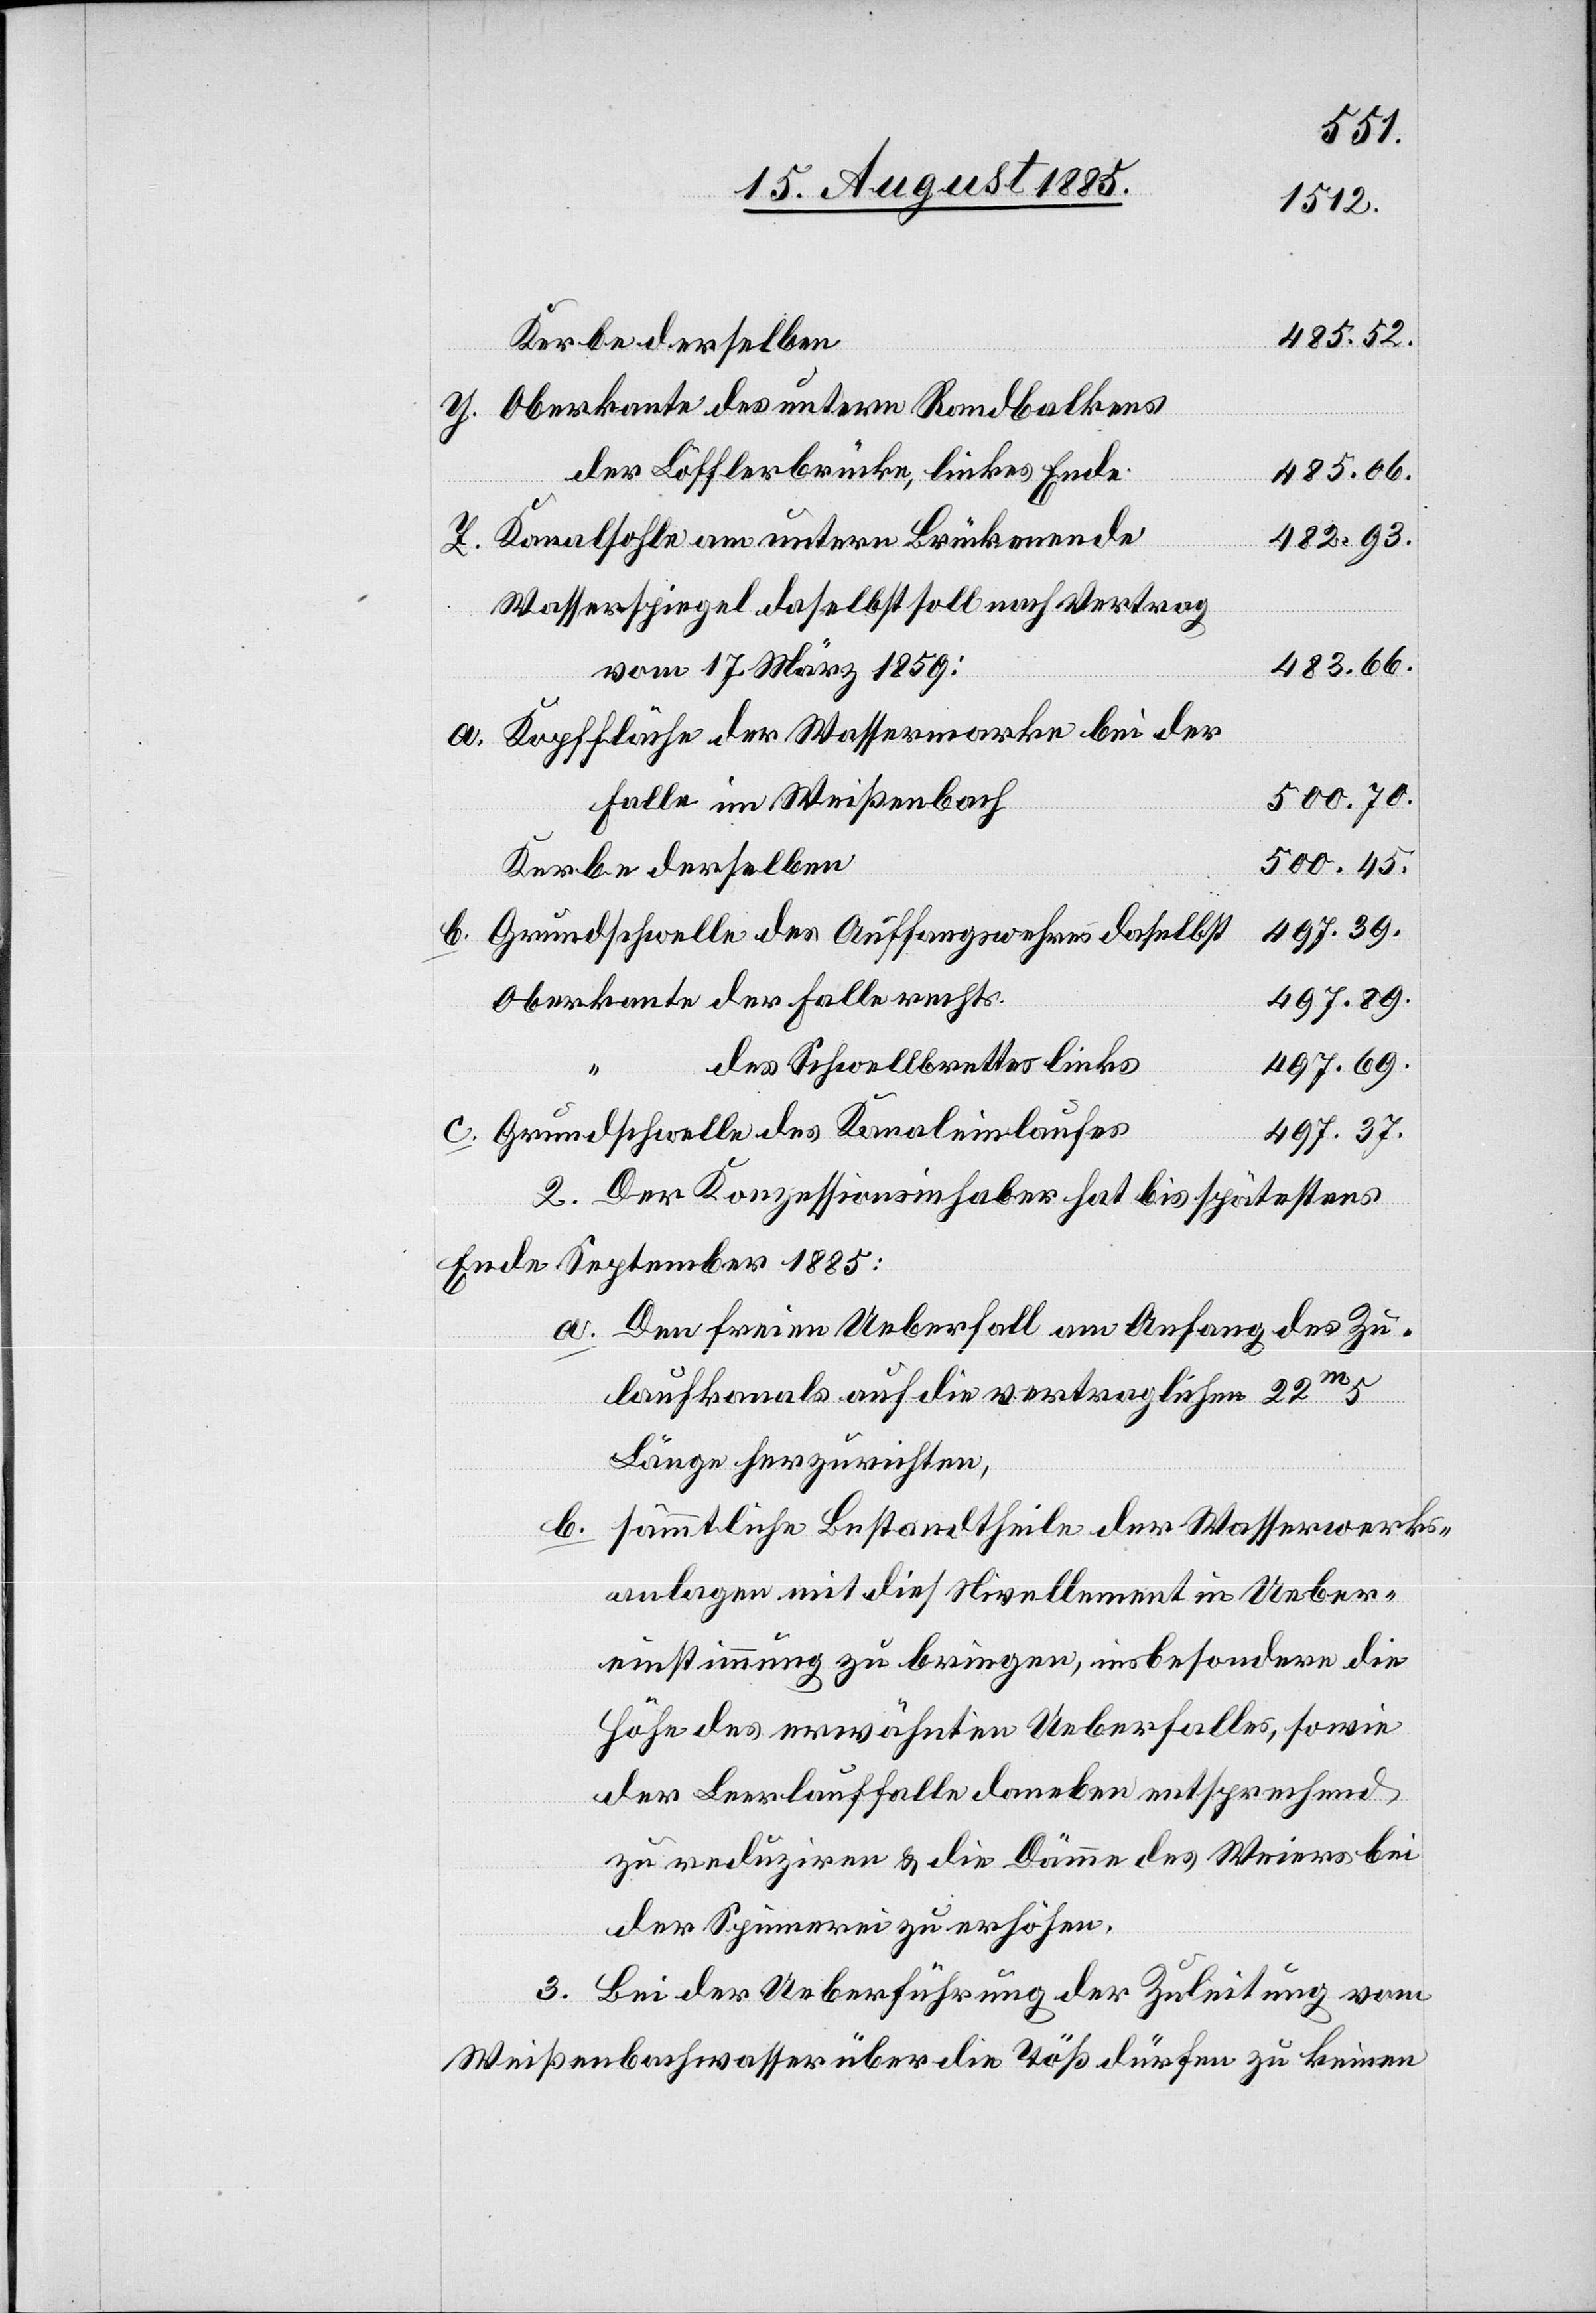
485.52.
Oberkante des untern Randbalkens
der Löfflerbrücke, linkes Ende
485.06.
der
Falle
482.93.
Kanalsohle am untern Brückenende
rechts
Wasserspiegel daselbst soll nach Vertrag
483.66.
vom 17. März 1859:
Kopffläche der Wassermarke bei der
500.70.
Falle im Weißenbach
500.45.
Kerbe derselben
Grundschwelle des Auffangswehres daselbst
497.89.
497.69.
des Schwellbrettes links
Grundschwelle des Kanaleinlaufes
497.37.
2. Der Konzessionsinhaber hat bis spätestens
Ende September 1885:
a. Den freien Ueberfall am Anfang des Zu¬
laufkanals auf die vertraglichen 22m5
Länge herzurichten,
b. sämmtliche Bestandtheile der Wasserwerks¬
anlagen mit dies[em] Nivellement in Ueber¬
einstimmung zu bringen, insbesondere die
Höhe des erwähnten Ueberfalles, sowie
der Leerlauffalle daneben entsprechend
zu reduziren & die Dämme des Weiers bei
der Spinnerei zu erhöhen.
3. Bei der Ueberführung der Zuleitung vom
Weißenbachwasser über die Töß dürfen zu keinen